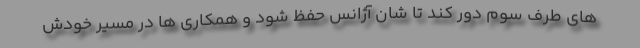
های طرف سوم دور کند تا شان آژانس حفظ شود و همکاری ها در مسیر خودش